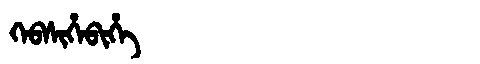
Manchu: ᡴᡝᠪᠰᡳᡥᡝᠪᡳᡥᡝ
Romanization: KEBSIHEBIHE